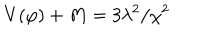
V ( \varphi ) + M = 3 \lambda ^ { 2 } / \chi ^ { 2 }